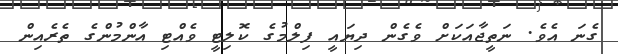
ގެނަ އެވެ. ނަތީޖާއަކަށް ވެގެން ދިޔައީ ފިލްމުގެ ކޮލިޓީ ވެއްޓި އާންމުންގެ ތެރެއިން